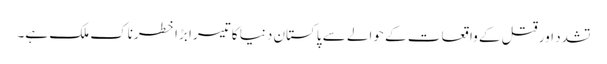
تشدد اور قتل کے واقعات کے حوالے سے پاکستان دنیا کا تیسرا بڑا خطرناک ملک ہے۔